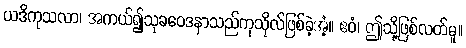
ယဒိကုသလာ၊ အကယ်၍သုခဝေဒနာသည်ကုသိုလ်ဖြစ်ခဲ့အံ့။ ဧဝံ၊ ဤသို့ဖြစ်လတ်မူ။